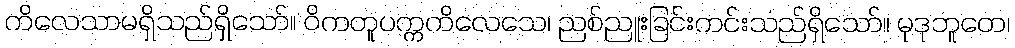
ကိလေသာမရှိသည်ရှိသော်။ ဝိကတူပက္ကကိလေသေ၊ ညစ်ညူးခြင်းကင်းသည်ရှိသော်။ မုဒုဘူတေ၊